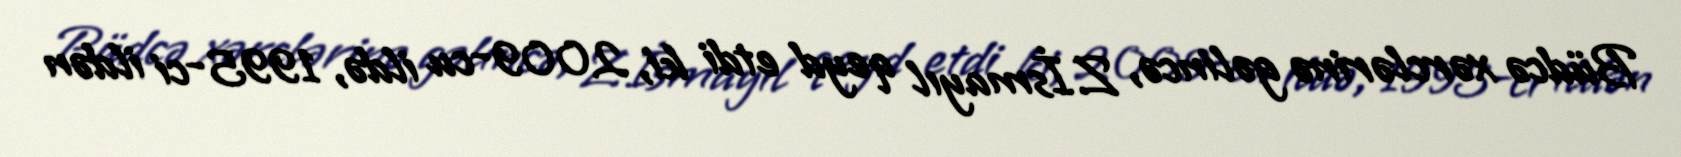
Büdcə xərclərinə gəlincə, Z.İsmayıl qeyd etdi ki, 2009-cu ildə, 1995-ci ildən